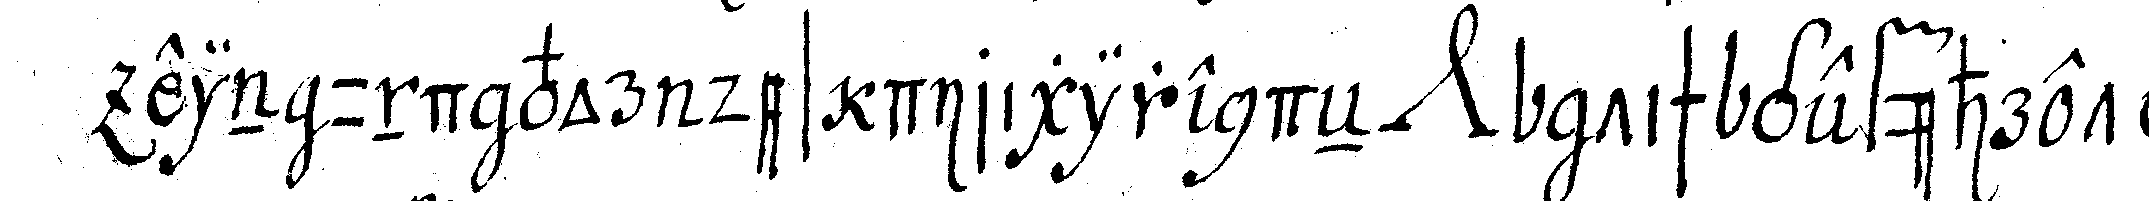
ein und vor des dirigirendeN *nee*  tisch geführet